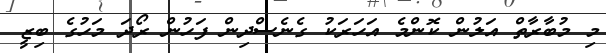
މި މުބާރާތް އަލުން ކޮންމެ އަހަރަކު ގެނެސްދިން ފަހުން ރޯދަ މަހުގެ ބިޒީ